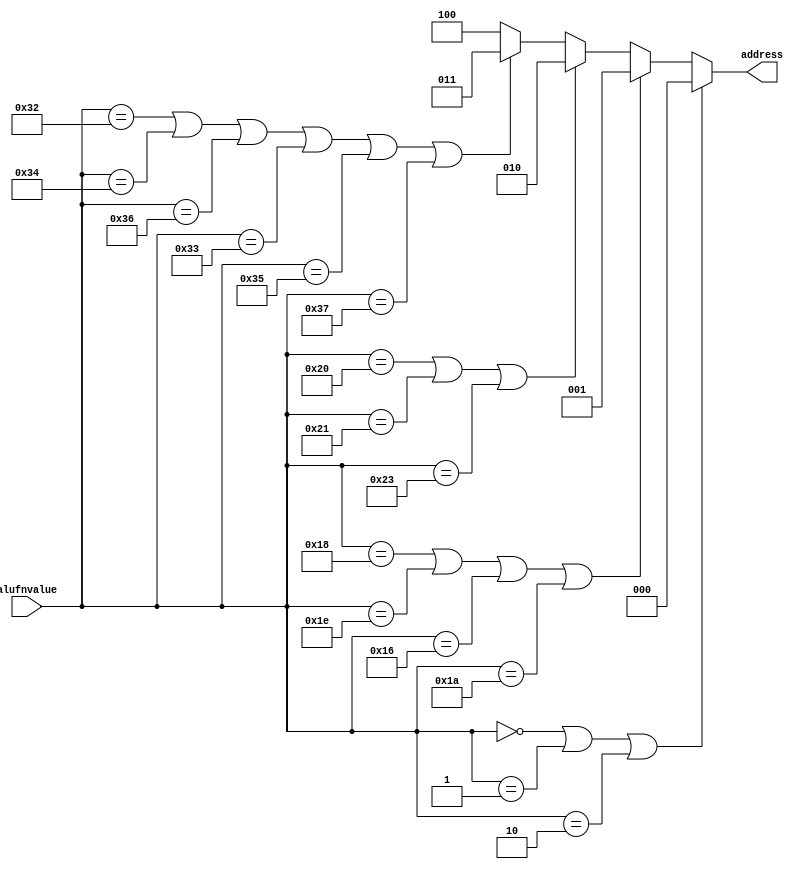
/*
   This file was generated automatically by Alchitry Labs version 1.2.7.
   Do not edit this file directly. Instead edit the original Lucid source.
   This is a temporary file and any changes made to it will be destroyed.
*/

module show_component_16 (
    input [5:0] alufnvalue,
    output reg [2:0] address
  );
  
  
  
  localparam ADD = 6'h00;
  
  localparam SUB = 6'h01;
  
  localparam MUL = 6'h02;
  
  localparam AND = 6'h18;
  
  localparam OR = 6'h1e;
  
  localparam XOR = 6'h16;
  
  localparam ALDR = 6'h1a;
  
  localparam SHL = 6'h20;
  
  localparam SHR = 6'h21;
  
  localparam SRA = 6'h23;
  
  localparam CMPEQADD = 6'h32;
  
  localparam CMPEQSUB = 6'h33;
  
  localparam CMPLTADD = 6'h34;
  
  localparam CMPLTSUB = 6'h35;
  
  localparam CMPLEADD = 6'h36;
  
  localparam CMPLESUB = 6'h37;
  
  always @* begin
    if ((alufnvalue == 6'h00) | (alufnvalue == 6'h01) | (alufnvalue == 6'h02)) begin
      address = 3'h0;
    end else begin
      if ((alufnvalue == 6'h18) | (alufnvalue == 6'h1e) | (alufnvalue == 6'h16) | (alufnvalue == 6'h1a)) begin
        address = 3'h1;
      end else begin
        if ((alufnvalue == 6'h20) | (alufnvalue == 6'h21) | (alufnvalue == 6'h23)) begin
          address = 3'h2;
        end else begin
          if ((alufnvalue == 6'h32) | (alufnvalue == 6'h34) | (alufnvalue == 6'h36) | (alufnvalue == 6'h33) | (alufnvalue == 6'h35) | (alufnvalue == 6'h37)) begin
            address = 3'h3;
          end else begin
            address = 3'h4;
          end
        end
      end
    end
  end
endmodule